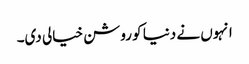
انہوں نے دنیا کو روشن خیالی دی۔